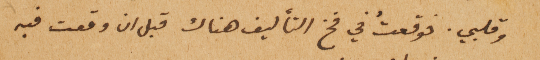
وقلبي. فوقعتُ في فخ التأليف هناك قبل ان وقعت فيه